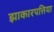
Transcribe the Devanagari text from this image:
झाकारपत्तिया